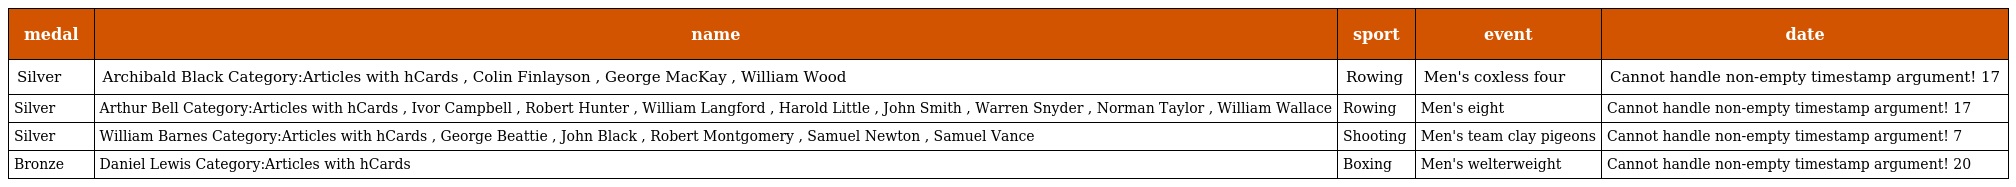
| medal | name | sport | event | date |
 | --- | --- | --- | --- | --- |
 | Silver | Archibald Black Category:Articles with hCards , Colin Finlayson , George MacKay , William Wood | Rowing | Men's coxless four | Cannot handle non-empty timestamp argument! 17 |
 | Silver | Arthur Bell Category:Articles with hCards , Ivor Campbell , Robert Hunter , William Langford , Harold Little , John Smith , Warren Snyder , Norman Taylor , William Wallace | Rowing | Men's eight | Cannot handle non-empty timestamp argument! 17 |
 | Silver | William Barnes Category:Articles with hCards , George Beattie , John Black , Robert Montgomery , Samuel Newton , Samuel Vance | Shooting | Men's team clay pigeons | Cannot handle non-empty timestamp argument! 7 |
 | Bronze | Daniel Lewis Category:Articles with hCards | Boxing | Men's welterweight | Cannot handle non-empty timestamp argument! 20 |